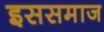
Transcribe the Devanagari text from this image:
इससमाज